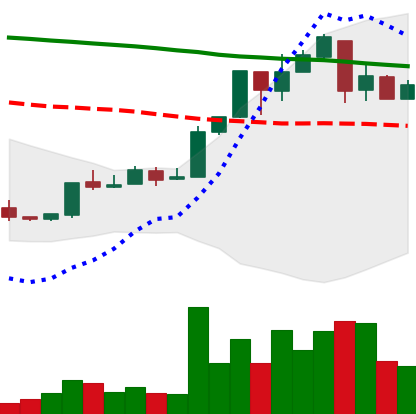
Ticker: XMR-USD
Chart end date: 2018-04-28
Forward return: -5.937%
Label: down_5_7